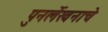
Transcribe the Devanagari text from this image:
पुनर्लेखनाचे